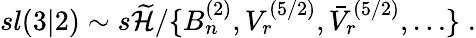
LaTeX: sl(3|2)\sim s\widetilde{{\cal H}}/\{ B_{n}^{(2)},V_{r}^{(5/2)},\bar{V}_{r}^{(5/2)},\ldots\} \; .